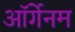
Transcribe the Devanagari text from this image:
ऑर्गेनम